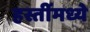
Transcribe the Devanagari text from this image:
हस्तींमध्ये